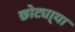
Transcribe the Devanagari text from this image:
छोट्या्या